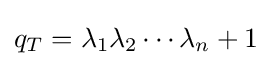
q_{T}=\lambda _{1}\lambda _{2}\cdots \lambda _{n}+1